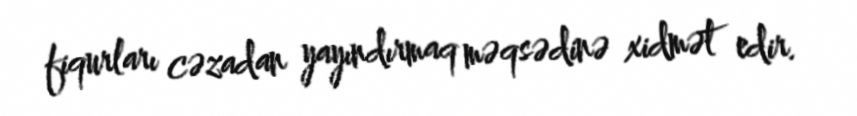
fiqurları cəzadan yayındırmaq məqsədinə xidmət edir.